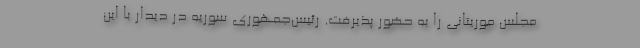
مجلس موریتانی را به حضور پذیرفت. رئیس‌جمهوری سوریه در دیدار با این